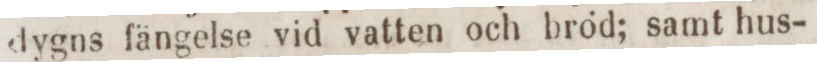
dygns fängelse vid vatten och bröd; samt hus-